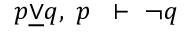
p { \underline { { \lor } } } q , \; p \; \; \vdash \; \neg q